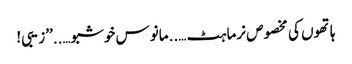
ہاتھوں کی مخصوص نرماہٹ …..مانوس خوشبو…..’’زیبی!